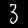
Label: 3